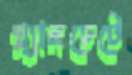
প্ল্যানচেটে